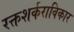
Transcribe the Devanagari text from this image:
रक्तशर्कराविकार